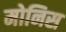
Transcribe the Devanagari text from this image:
मोनिस